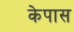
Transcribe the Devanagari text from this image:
केपास